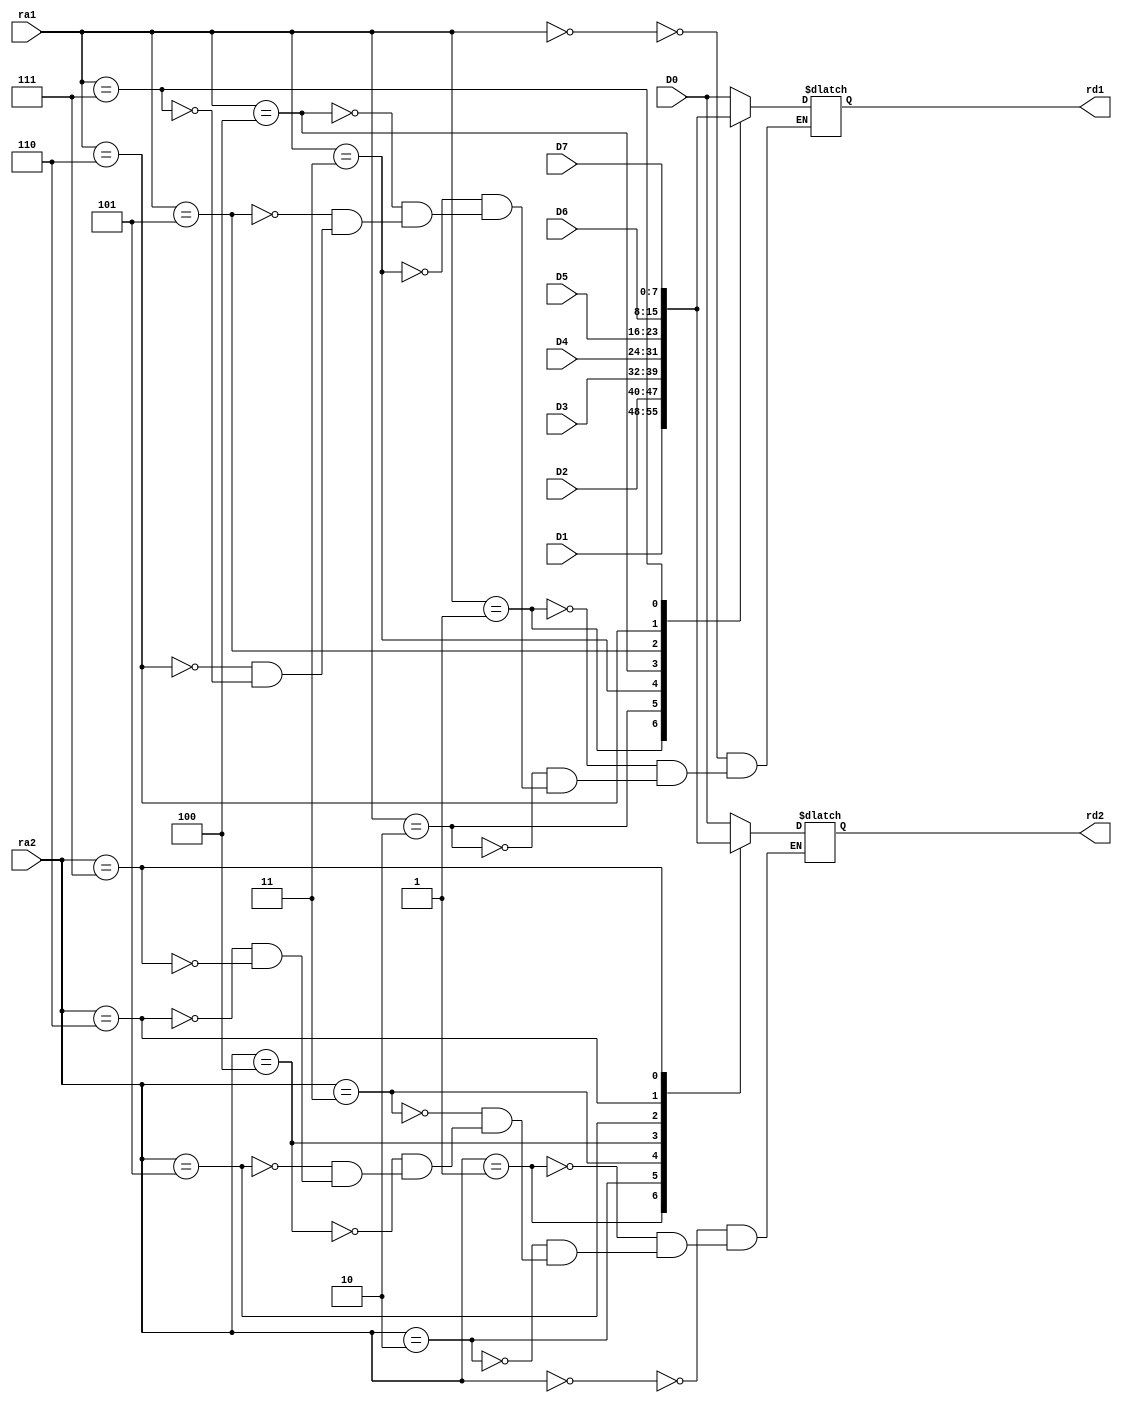
module Circ_Comb (input [3:0] ra1, ra2, input [7:0] D0, D1, D2, D3, D4, D5, D6, D7 ,
						output reg [7:0] rd1, rd2);
	always @*begin
		case(ra1)
				0 : 
					rd1 = D0;
				1 :
					rd1 = D1;
				2 : 
					rd1 = D2;
				3 : 
					rd1 = D3;
				4 : 
					rd1 = D4;
				5 : 
					rd1 = D5;
				6 : 
					rd1 = D6;
				7 : 
					rd1 = D7;
		endcase
		case(ra2)
				0 : 
					rd2 = D0;
				1 :
					rd2 = D1;
				2 : 
					rd2 = D2;
				3 : 
					rd2 = D3;
				4 : 
					rd2 = D4;
				5 : 
					rd2 = D5;
				6 : 
					rd2 = D6;
				7 : 
					rd2 = D7;
		endcase
	end	
endmodule